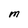
Character: M